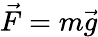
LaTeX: {\vec{F}}=m{\vec{g}}